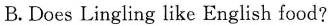
B.Does Lingling like English food?